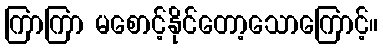
ကြာကြာ မစောင့်နိုင်တော့သောကြောင့်။